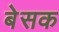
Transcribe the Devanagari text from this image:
बेसक